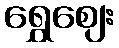
ရွှေဈေး